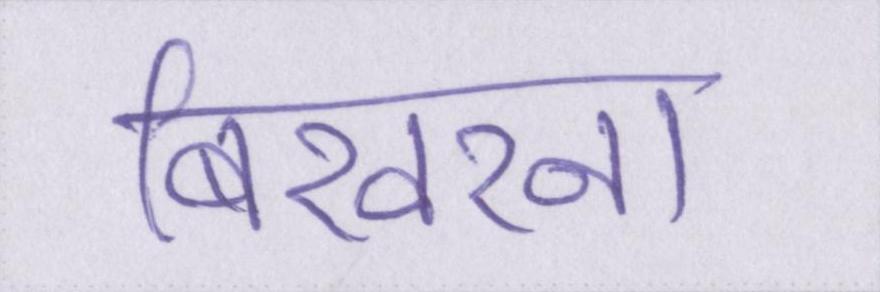
बिखरना